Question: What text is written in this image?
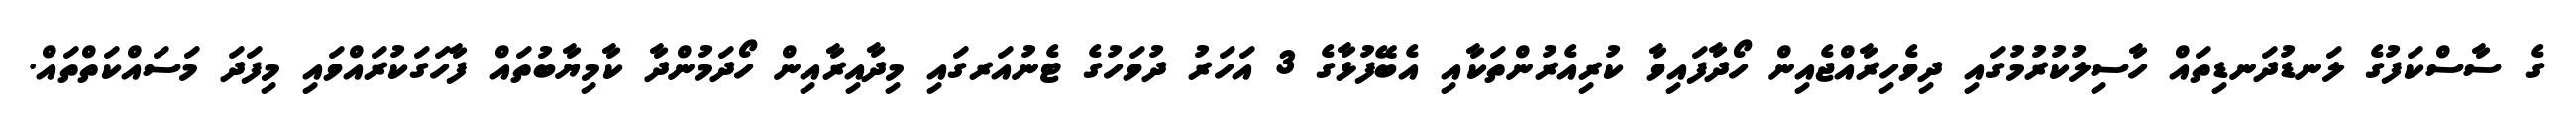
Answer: ގެ ސާސްކަފުގެ ލަނޑުދަނޑިތައް ހާސިލުކުރުމުގައި ދިވެހިރާއްޖެއިން ހޯދާފައިވާ ކުރިއެރުންތަކާއި އެބޭފުޅާގެ 3 އަހަރު ދުވަހުގެ ޓެނުއަރގައި މިދާއިރާއިން ހޯދަމުންދާ ކާމިޔާބުތައް ފާހަގަކުރައްވައި މިފަދަ މަސައްކަތްތައް.